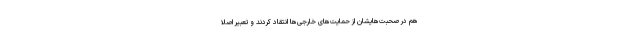
هم در صحبت‌هایشان از حمایت‌هاى خارجى‌ها انتقاد كردند و تعبیر اصلا